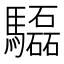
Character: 𩧍